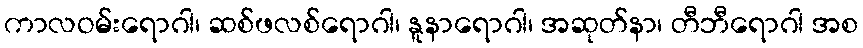
ကာလဝမ်းရောဂါ၊ ဆစ်ဖလစ်ရောဂါ၊ နူနာရောဂါ၊ အဆုတ်နာ၊ တီဘီရောဂါ အစ